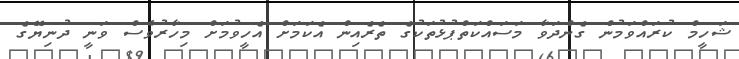
ޝަހީމް ކުރައްވަމުން ގެންދަވާ މަސައްކަތްޕުޅުތަކުގެ ތެރެއިން އެކަމަށް އެހީވުމަށް މިހާރުވެސް ވަނީ ދުނިޔޭގެ